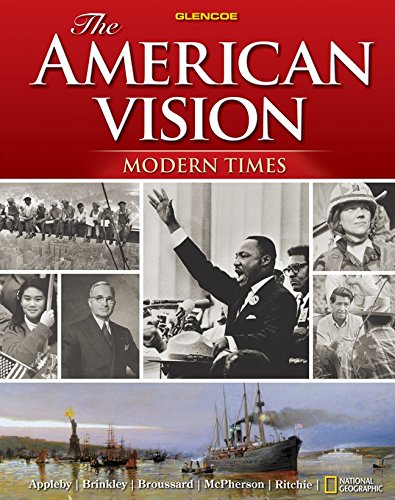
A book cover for The American Vision: Modern Times, Student Edition (UNITED STATES HISTORY (HS)); McGraw-Hill Education; Teen & Young Adult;